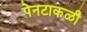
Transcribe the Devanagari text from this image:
पेनटाकळी